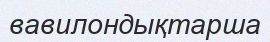
вавилондықтарша